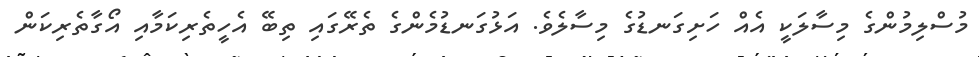
މުސްލިމުންގެ މިސާލަކީ އެއް ހަށިގަނޑުގެ މިސާލެވެ. އަޅުގަނޑުމެންގެ ތެރޭގައި ތިބޭ އެހީތެރިކަމާއި އޯގާތެރިކަން